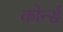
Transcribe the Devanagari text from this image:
कोर्न्स